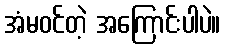
အံမဝင်တဲ့ အကြောင်းပါပဲ။